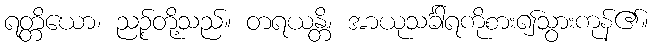
ရတ္တိယော၊ ညဉ့်တို့သည်။ တရယန္တိ၊ အာယုသင်္ခါရကိုစား၍သွားကုန်၏။